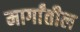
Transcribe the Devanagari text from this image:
मार्गांतील